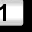
Digit: 1